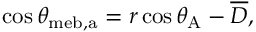
\cos \theta _ { \mathrm { { m e b , a } } } = r \cos \theta _ { \mathrm { { A } } } - \overline { { D } } ,